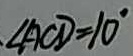
\angle A C D = 1 0 ^ { \circ }